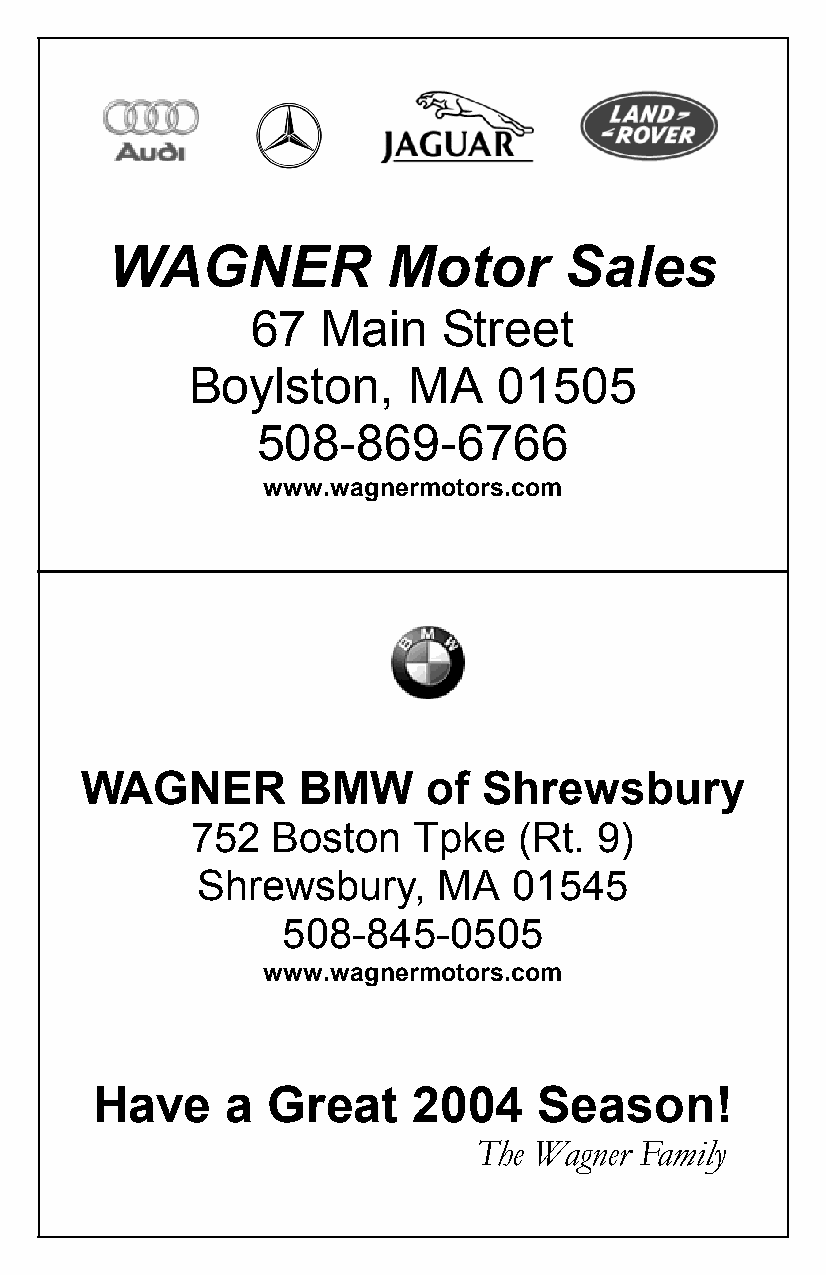
WAGNER             Motor      Sales
 67  Main    Street
 Boylston,      MA    01505
 508-869-6766
 www.wagnermotors.com
 WAGNER         BMW     of  Shrewsbury
 752  Boston   Tpke   (Rt. 9)
 Shrewsbury,     MA   01545
 508-845-0505
 www.wagnermotors.com
 Have     a  Great    2004     Season!
 The Wagner Family